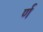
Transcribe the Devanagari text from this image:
र्ण